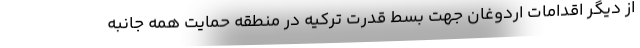
از دیگر اقدامات اردوغان جهت بسط قدرت ترکیه در منطقه حمایت همه جانبه